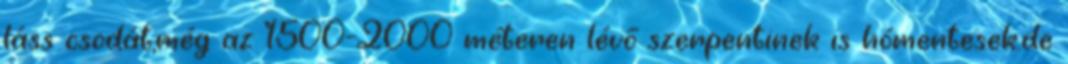
láss csodát,még az 1500-2000 méteren lévő szerpentinek is hómentesek.de